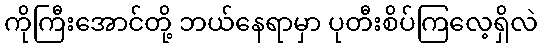
ကိုကြီးအောင်တို့ ဘယ်နေရာမှာ ပုတီးစိပ်ကြလေ့ရှိလဲ